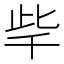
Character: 𣥥